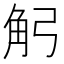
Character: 𧢺